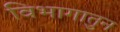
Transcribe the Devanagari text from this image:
विभागातुन